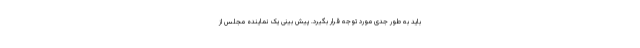
باید به طور جدی مورد توجه قرار بگیرد. پیش بینی یک نماینده مجلس از